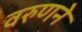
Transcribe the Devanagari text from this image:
वरुणने